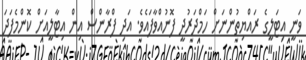
ވަނީ އިޓަލީގެ ރައްޔިތުންނަށް ހަމްދަރުދީ ފޮނުއްވާފައެވެ. އަދި ފްރާންސް އިން އިޓާލީއަށް ކޮންމެފަދަ